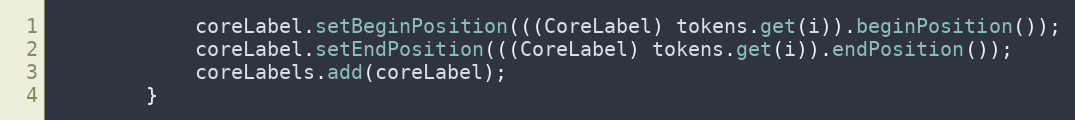
Language: Java
            coreLabel.setBeginPosition(((CoreLabel) tokens.get(i)).beginPosition());
            coreLabel.setEndPosition(((CoreLabel) tokens.get(i)).endPosition());
            coreLabels.add(coreLabel);
        }